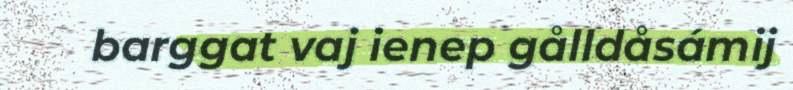
barggat vaj ienep gålldåsámij